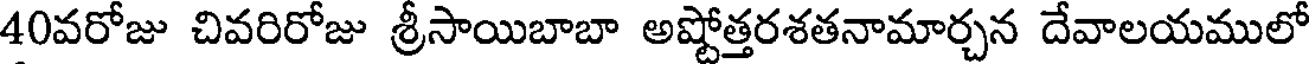
40వరోజు చివరిరోజు శ్రీసాయిబాబా అష్టోత్తరశతనామార్చన దేవాలయములో